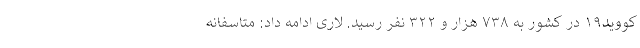
کووید۱۹ در کشور به ۷۳۸ هزار و ۳۲۲ نفر رسید. لاری ادامه داد: متاسفانه